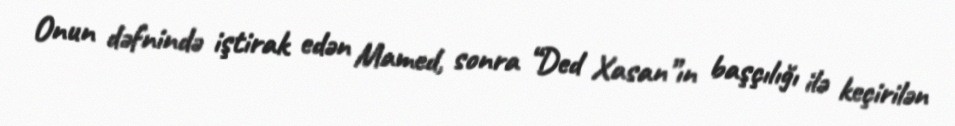
Onun dəfnində iştirak edən Mamed, sonra “Ded Xasan”ın başçılığı ilə keçirilən